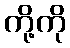
ကို့ကို